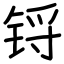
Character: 锊